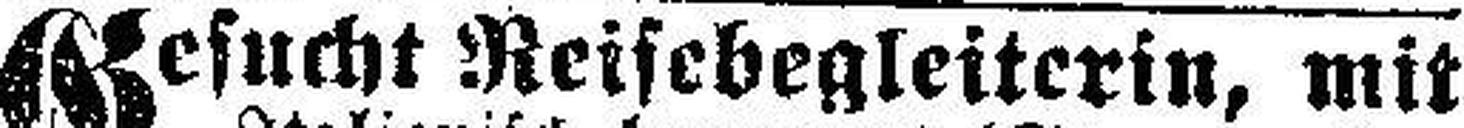
Gesucht Reisebegleiterin, mit